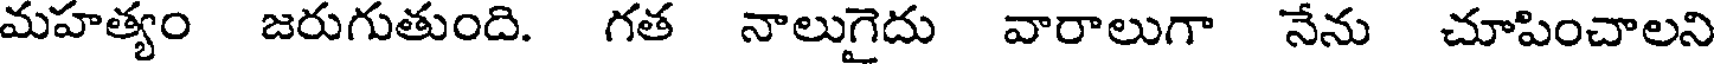
మహత్యం జరుగుతుంది. గత నాలుగైదు వారాలుగా నేను చూపించాలని